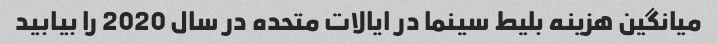
میانگین هزینه بلیط سینما در ایالات متحده در سال 2020 را بیابید